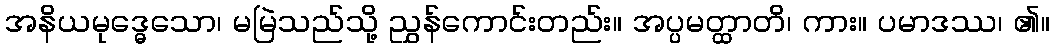
အနိယမုဒ္ဓေသော၊ မမြဲသည်သို့ ညွှန်ကောင်းတည်း။ အပ္ပမတ္ထာတိ၊ ကား။ ပမာဒဿ၊ ၏။